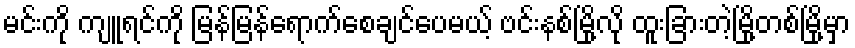
မင်းကို ကျူရင်ကို မြန်မြန်ရောက်စေချင်ပေမယ့် ဗင်းနစ်မြို့လို ထူးခြားတဲ့မြို့တစ်မြို့မှာ